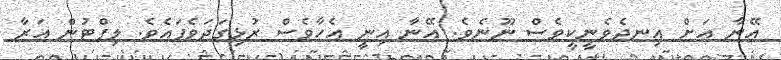
އޭނާ އަށް އިނދެވެނީކީވެސް ނޫނެވެ. އޭނާ އިނީ އެހާވެސް ރުޅިގަދަވެފައެވެ. ލިފްޓުން އަރާ